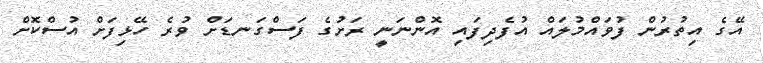
އޭގެ އިތުރުން ފުވައްމުލައް އުފެދިފައި އޮންނަނީ ރަށުގެ ފަސްގަނޑަށް ވުރެ ހޭޅިފަށް އުސްކޮށް